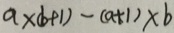
a \times ( b + 1 ) - ( a + 1 ) \times b